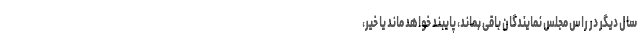
سال دیگر در راس مجلس نمایندگان باقی بماند، پایبند خواهد ماند یا خیر،